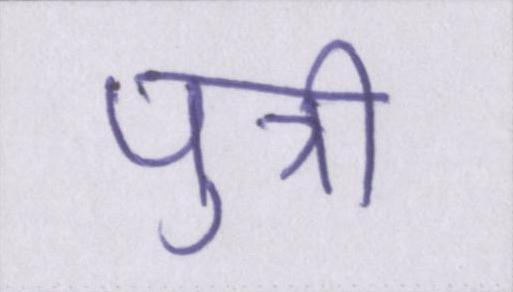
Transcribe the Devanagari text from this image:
पुत्री